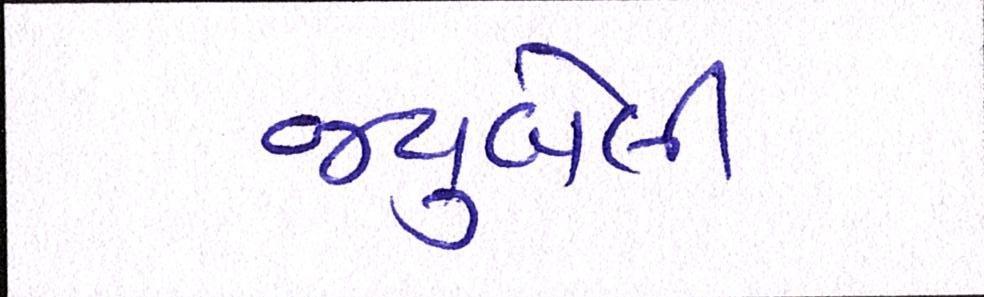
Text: જ્યુબેલી